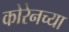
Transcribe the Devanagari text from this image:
कोरेनच्या